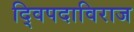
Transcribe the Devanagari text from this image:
द्विपदाविराज